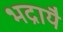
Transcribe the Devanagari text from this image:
भद्रायै